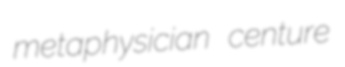
metaphysician centure